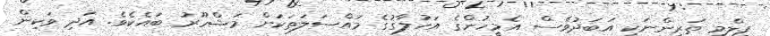
ފިލްމީ ތަރިންނަކީ އަބަދުވެސް އެމީހުންގެ އަހުލާގުގެ މައްސަލަތަކަށް މަޝްހޫރު ބައެކެވެ. އަދި ވަކިން